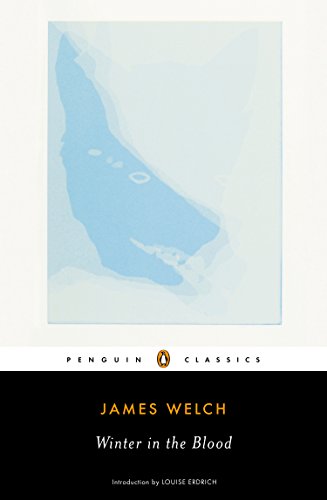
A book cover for Winter in the Blood (Penguin Classics); James Welch; Literature & Fiction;